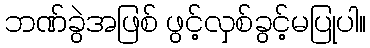
ဘဏ်ခွဲအဖြစ် ဖွင့်လှစ်ခွင့်မပြုပါ။